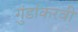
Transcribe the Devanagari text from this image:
गुंडांकरवी